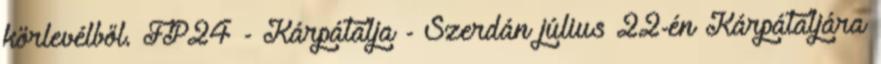
körlevélből. FP24 - Kárpátalja - Szerdán július 22-én Kárpátaljára